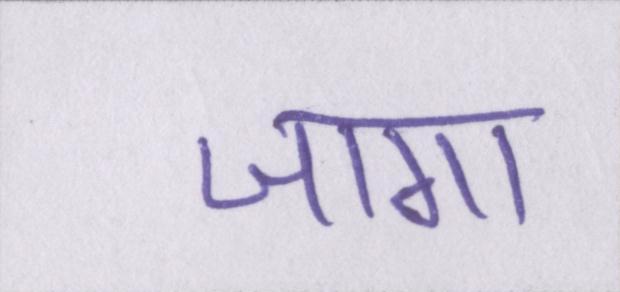
जागा